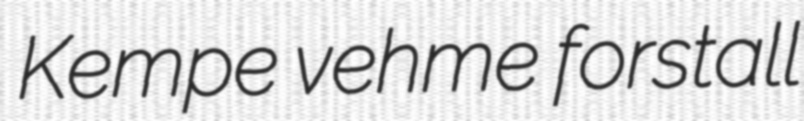
Kempe vehme forstall